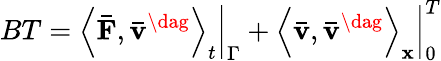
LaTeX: BT={\left.{{{\left\langle{{\mathbf{\bar{F}}},{{{\mathbf{\bar{v}}}}^{\dag}}}\right\rangle}_{t}}}\right|_{\Gamma}}+\left.{{{\left\langle{{\mathbf{\bar{v}}},{{{\mathbf{\bar{v}}}}^{\dag}}}\right\rangle}_{\mathbf{x}}}}\right|_{0}^{T}